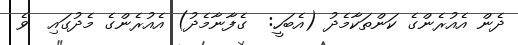
ދެން އެއުރެންގެ ކަންތަކާމެދު (އެބަހީ:  ގެފާނާމެދު) އެއުރެންގެ މެދުގައި  ވެ